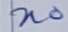
Text: n0